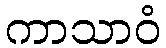
ကာသာဝံ